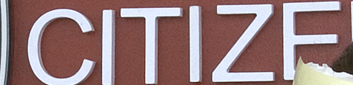
CITIZE